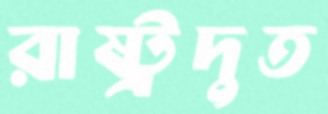
রাষ্ট্রদুত